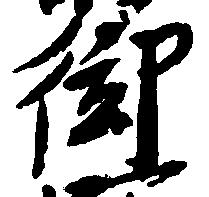
御